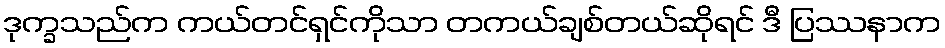
ဒုက္ခသည်က ကယ်တင်ရှင်ကိုသာ တကယ်ချစ်တယ်ဆိုရင် ဒီ ပြဿနာက